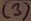
Text: (3)